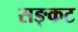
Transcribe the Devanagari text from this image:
सङ्कट